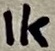
Text: 1K